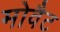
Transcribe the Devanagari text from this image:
मोवैट